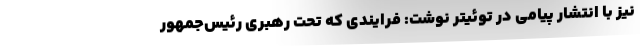
نیز با انتشار پیامی در توئیتر نوشت: فرایندی که تحت رهبری رئیس‌جمهور